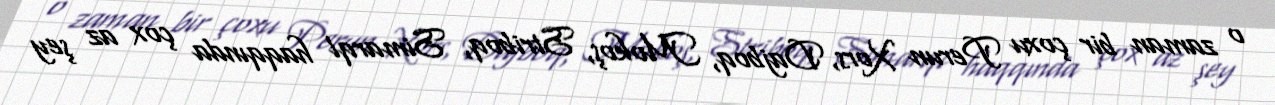
o zaman bir çoxu Perun Xors, Dajboq, Mokoş, Striboq, Simarql haqqında çox az şey